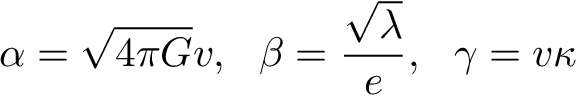
\alpha = \sqrt { 4 \pi G } v , \ \ \beta = \frac { \sqrt { \lambda } } { e } , \ \ \gamma = v \kappa